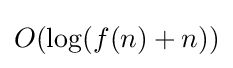
O(\log(f(n)+n))